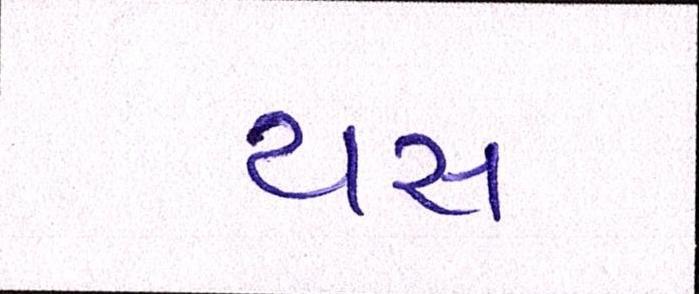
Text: યસ